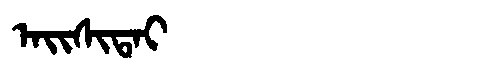
Manchu: ᠠᡳᠰᡳᡨᠠᡳ
Romanization: AISITAI